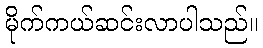
မိုက်ကယ်ဆင်းလာပါသည်။